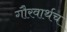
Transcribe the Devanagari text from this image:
गौरवार्थच